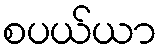
စပယ်ယာ